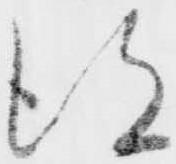
得